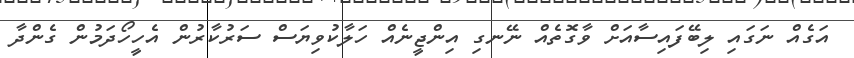
އަގެއް ނަގައި ލިބޭފައިސާއަށް ވާގޮތެއް ނޭނގި އިންޖީނެއް ހަލާކުވިޔަސް ސަރުކާރުން އެހީހޯދަމުން ގެންދާ